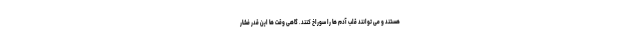
هستند و می توانند قلب آدم ها را سوراخ کنند. گاهی وقت ها این قدر فشار